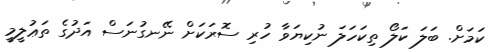
ކަމަށް. ބަލަ ކަލޯ ތިކަހަލަ ނުކިޔަވާ ހުރި ސޮރަކަށް ނޭނގުނަސް އަދުގެ ތަޢުލީމީ